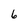
Character: 6